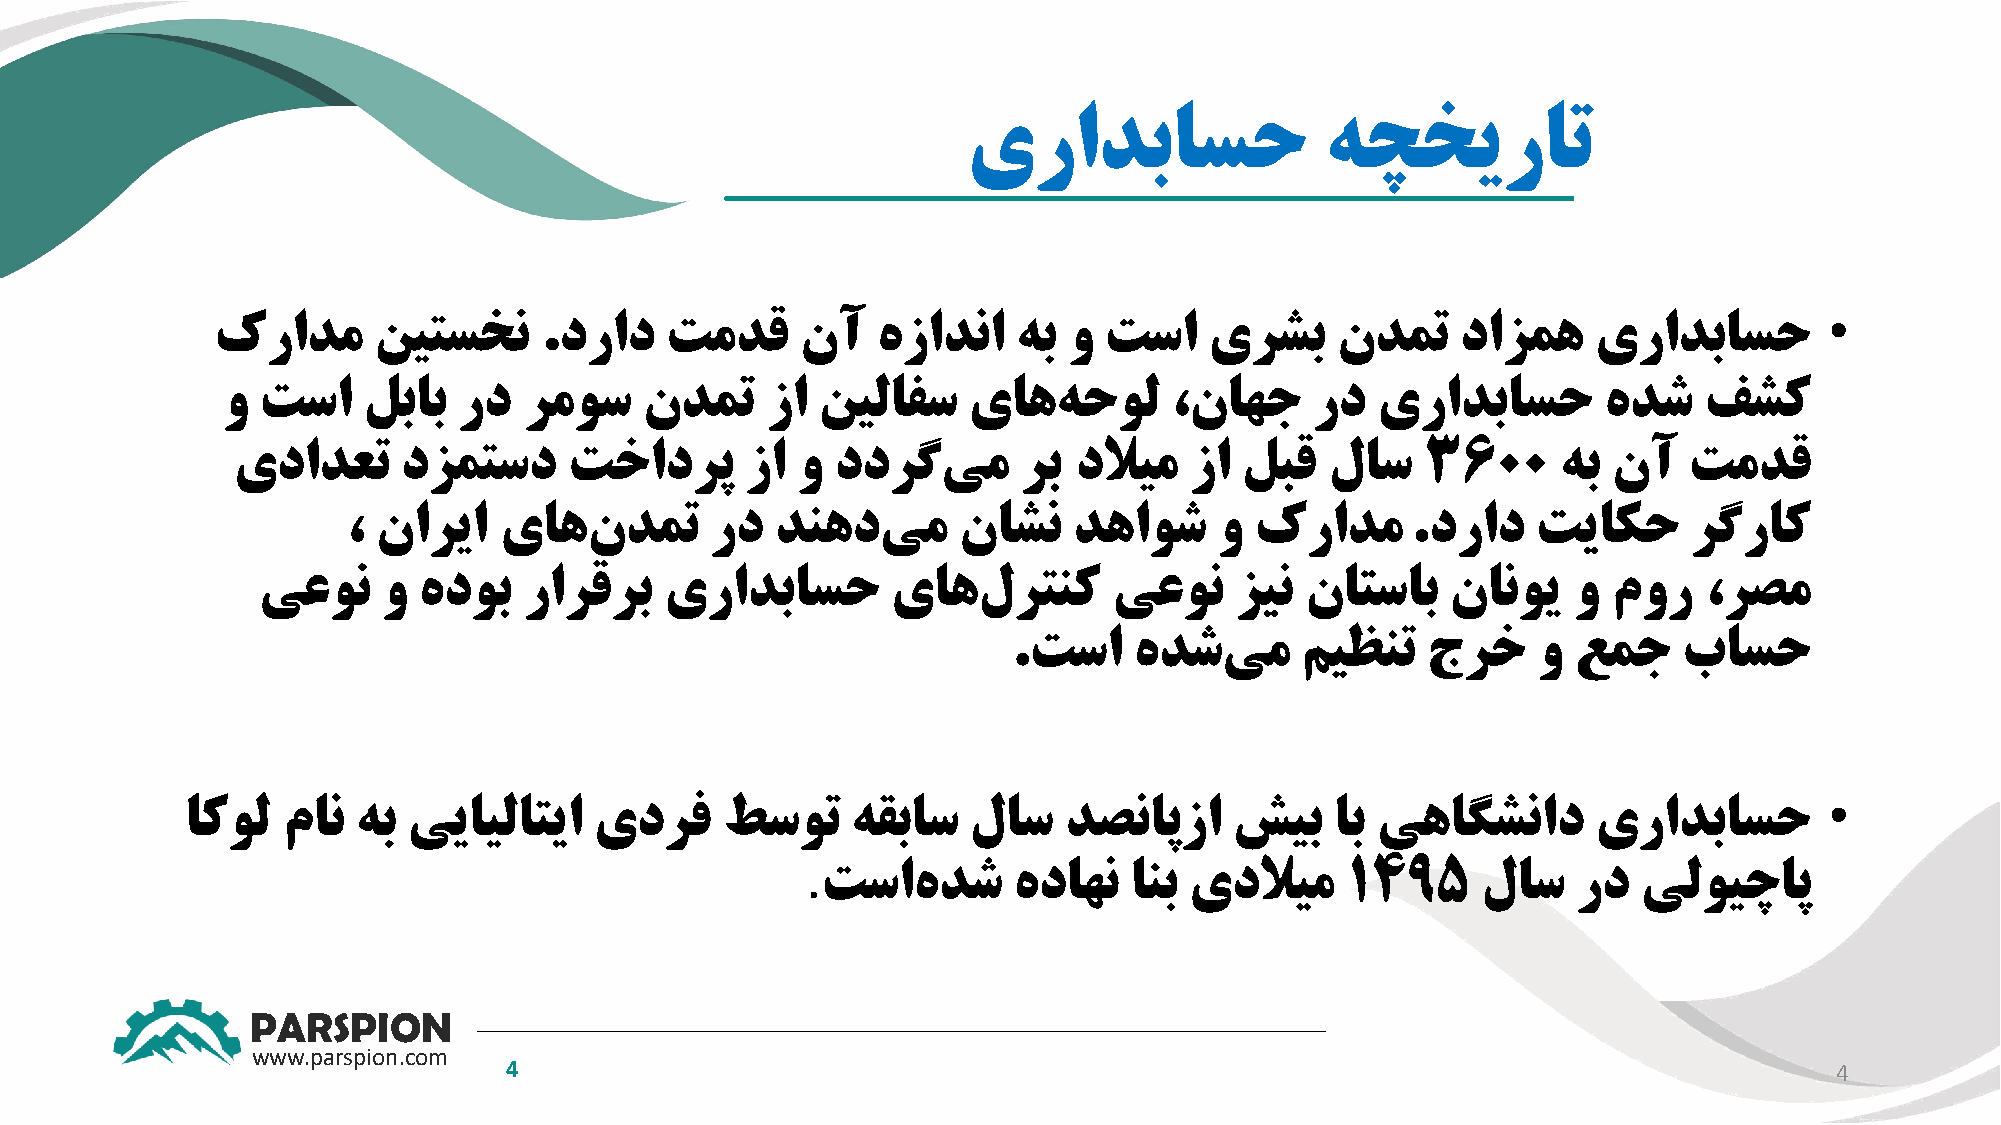
یرادباسح                هچخیرات
 •
 کرادم      نیتسخن     .دراد   تمدق     نآ   هزادنا   هب  و تسا    یرشب    ندمت     دازمه    یرادباسح
 و تسا    لباب  رد   رموس    ندمت    زا نیلافس    یاه   هحول   ،ناهج     رد  یرادباسح       هدش    فشک
 یدادعت      دزمتسد     تخادرپ     زا  و ددرگ   یم    رب دلایم   زا لبق   لاس   ۳۶۰۰     هب  نآ   تمدق
 ، ناریا   یاه   ندمت    رد  دنهد   یم   ناشن    دهاوش     و کرادم     .دراد    تیاکح     رگراک
 یعون    و  هدوب   رارقرب   یرادباسح       یاه   لرتنک    یعون    زین ناتساب    نانوی   و  مور   ،رصم
 .تسا    هدش   یم   میظنت   جرخ     و عمج    باسح
 •
 اکول   مان  هب ییایلاتیا   یدرف     طسوت    هقباس   لاس   دصناپزا     شیب   اب یهاگشناد       یرادباسح
 .
 تساه    دش   هداهن   انب یدلایم    1495     لاس   رد   یلویچاپ
 PARSPION
 www.parspion.com
 4                                                                                      4